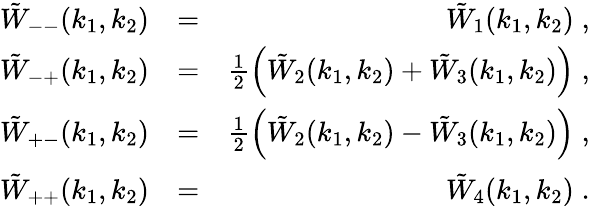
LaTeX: \begin{array}{rlr}{\tilde{W}_{--}(k_{1},k_{2})}&{=}&{\tilde{W}_{1}(k_{1},k_{2})\; ,}\\ {\tilde{W}_{-+}(k_{1},k_{2})}&{=}&{\frac{1}{2}\left(\tilde{W}_{2}(k_{1},k_{2})+\tilde{W}_{3}(k_{1},k_{2})\right)\; ,}\\ {\tilde{W}_{+-}(k_{1},k_{2})}&{=}&{\frac{1}{2}\left(\tilde{W}_{2}(k_{1},k_{2})-\tilde{W}_{3}(k_{1},k_{2})\right)\; ,}\\ {\tilde{W}_{++}(k_{1},k_{2})}&{=}&{\tilde{W}_{4}(k_{1},k_{2})\; .}\end{array}